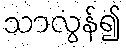
သာလွန်၍